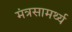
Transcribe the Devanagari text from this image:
मंत्रसामर्थ्य